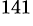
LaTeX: ^{141}